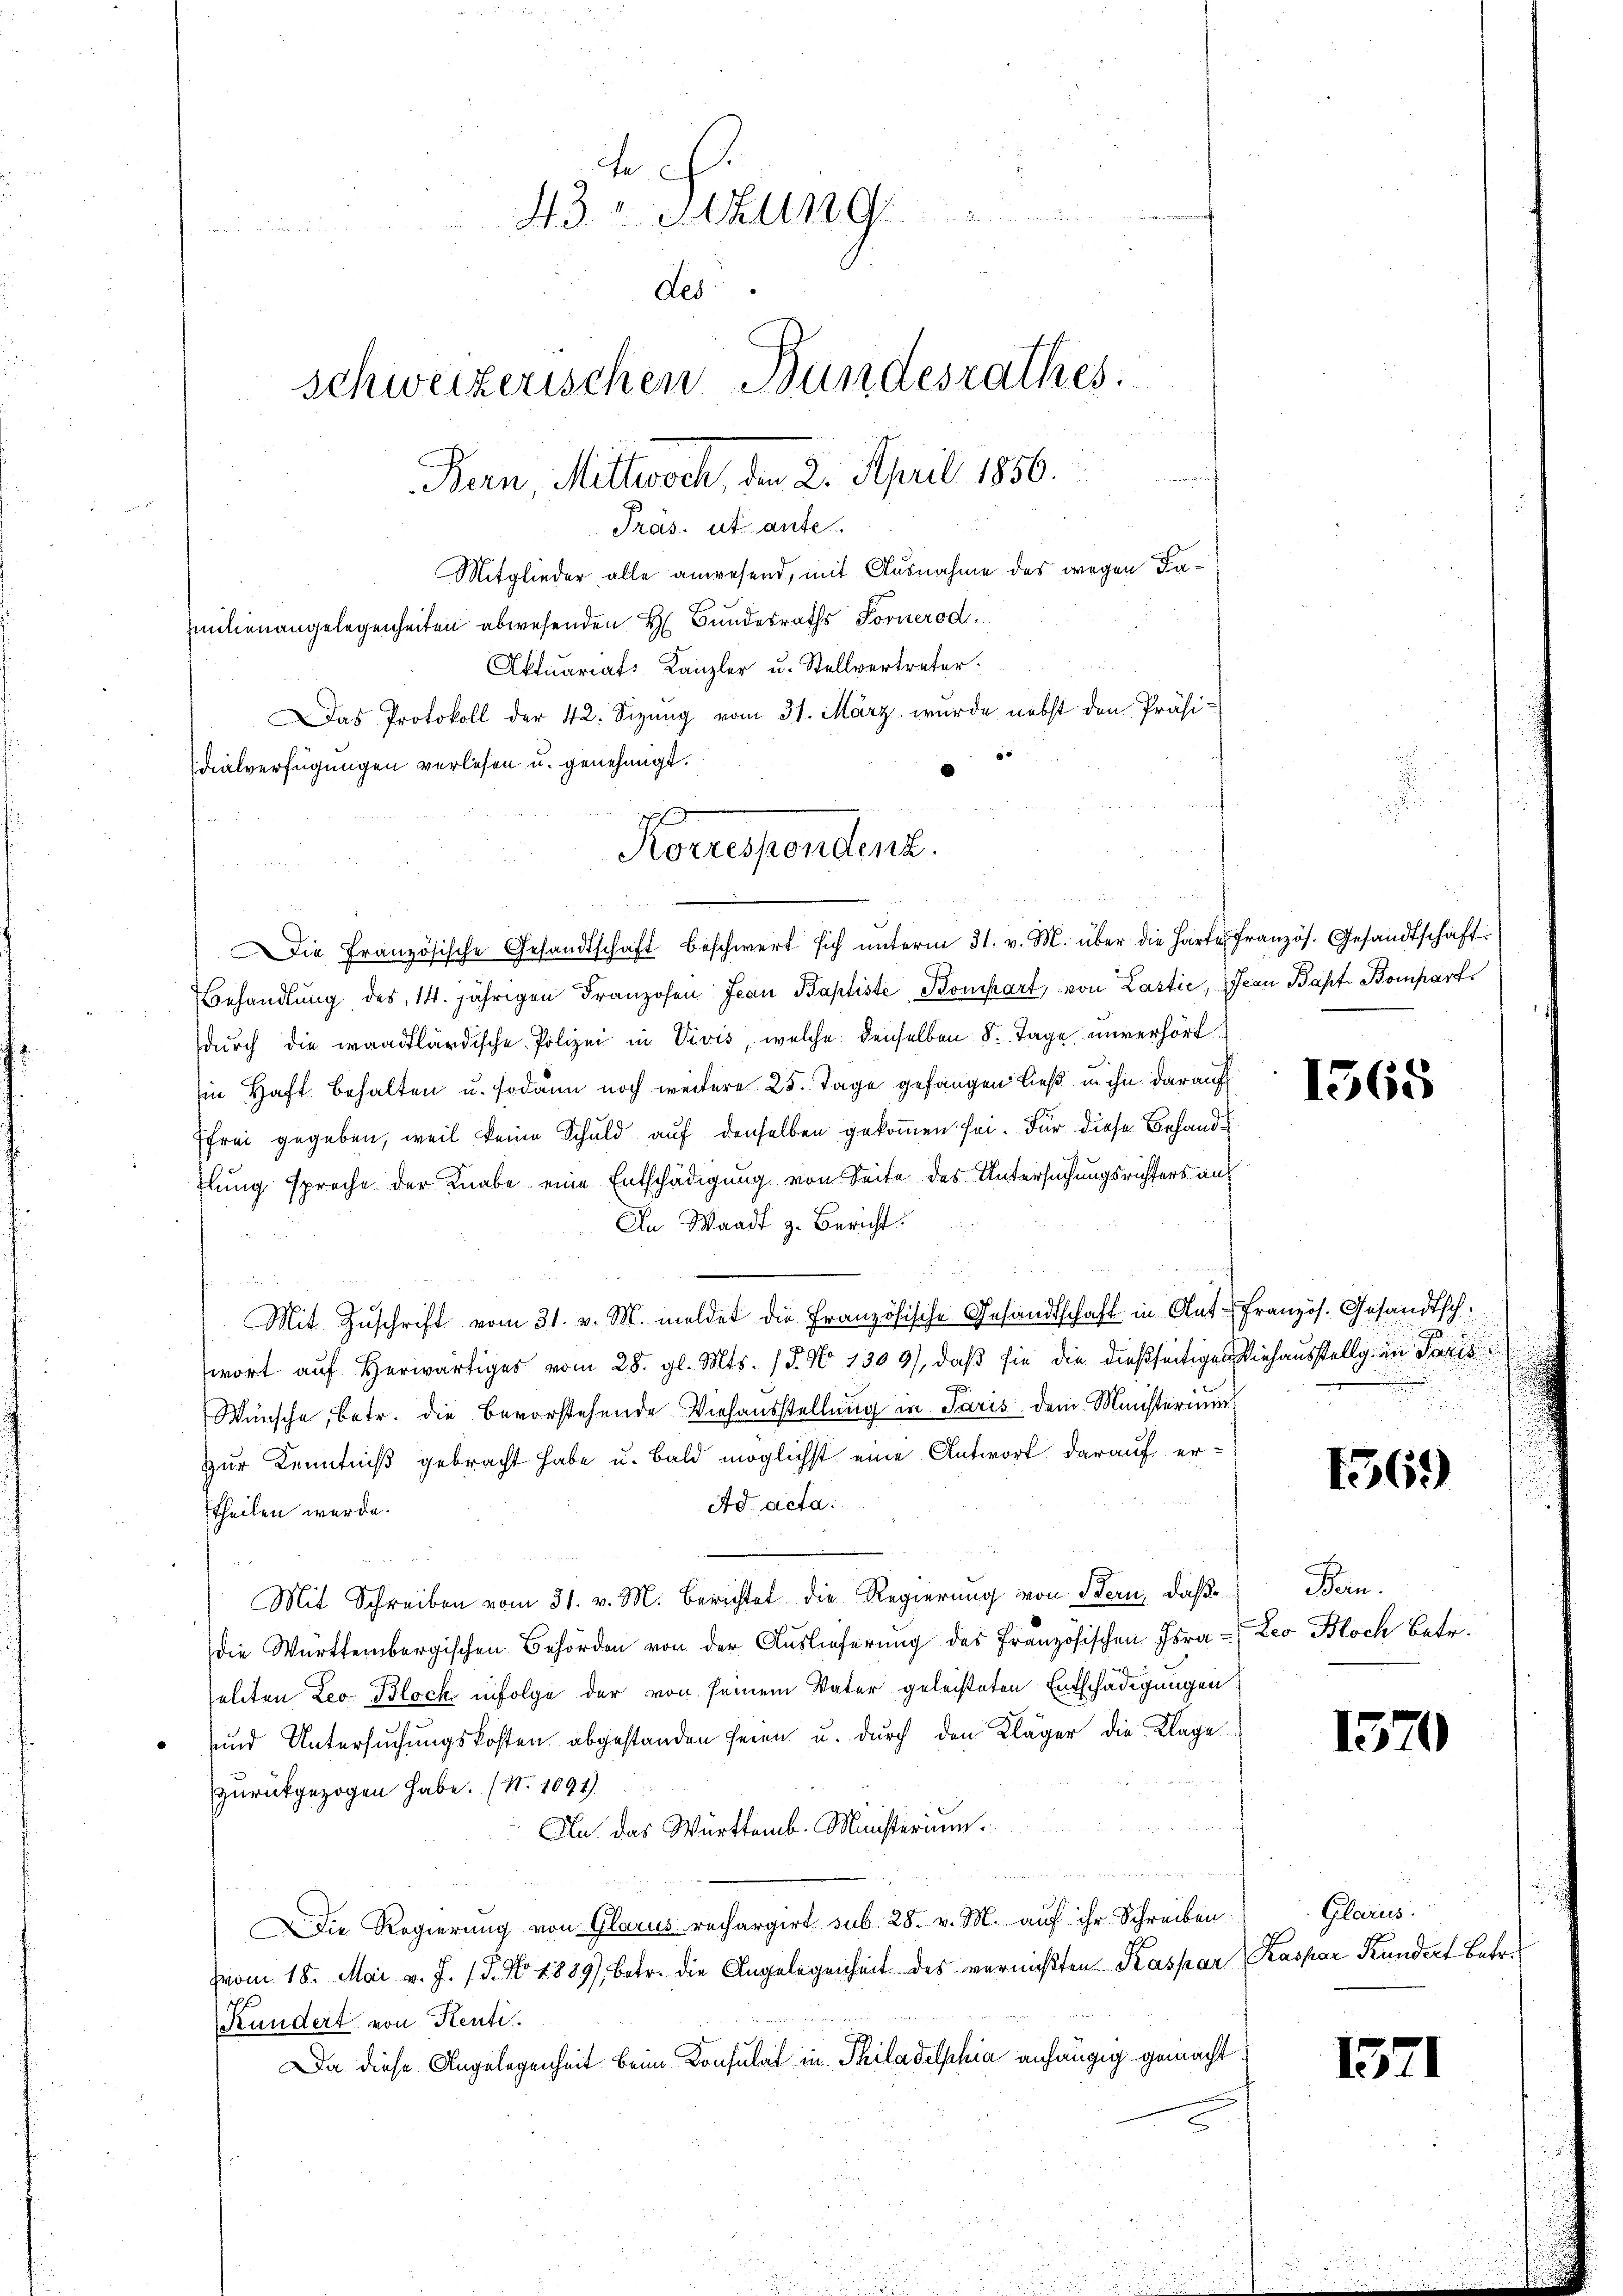
Konuspendent.

43. v. Sitzung
des
schweizerischen Bundesrathes.
Bern, Mittwoch, den 2. April 1856.
Präs. ut ante
Mitglieder alle anwesend, mit Ausnahme des wegen Familienangelegenheiten abwesenden H. Bundesraths Fornerod
Aktuariat-Kanzler u. Stellvertreter:
Das Protokoll der 42. Sizung vom 31. März wurde nebst den Präsidialverfügungen verlesen u. genehmigt.

Die Französische Gesandtschaft beschwert sich ŭnterm 31. v. M. über die Harte französ. Gesandtschaft
ehandlŭng des 14. jährigen Franzosen Jean Baptiste Bomhart, von Lastić, Jean Bapt. Bompart
durch die waadtländische Polizei in Vivis, welche denselben 8. Tage unverhört
in Haft behalten u. sodann noch weitere 25. Tage gefangen ließ in ihn darauf
frei gegeben, weil keine Schuld auf denselben gekommen sei. Für diese Behandflung sprache der Knabe eine Entschädigung von Seite des Untersuchungsrichters aus
An Waadt z. Bericht.
Mit Zŭschrift vom 31. v. M. meldet die Französische Gesandtschaft in Ant-Französ. Gesandtschwort auf Herwärtiges vom 28. gl. Mts. (T. No 1303), daß sie die dießseitiges Viehausstellg in Paris
Wünsche, betr. die bevorstehende Viehausstellung in Paris dem Ministerium
zur Kenntniß gebracht habe u. bald möglichst eine Antwort darauf er¬
Ad acta.
theilen wurde.
Mit Schreiben vom 31. v. M. berichtet die Regierung von Bern, daß
die Württembergischen Behörden von der Auslieferung des Französischen Israselten Leo Block infolge der von seinem Vater geleisteten Entschädigungen
 und Untersuchungskosten abgestanden seien u. durch den Kläger die Klage
zurückgezogen habe. (S. 1091)
An das Württemb. Ministerium.
Die Regierung von Glarus rechargirt sub 28. v. M. aŭf ihr Schreiben
vom 18. Mai v. J. 18. No. 1889), betr. die Angelegenheit des vernichten Kaspar Kaspar Kundert betr.
Kundert von Renti
Da diese Angelegenheit beim Konsulat in Philadelphia anhängig gemacht

53.
n

1568

1569)

Ben.
Leo Bloch Betr.

1570

Glarus.

1571